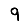
Digit: 9